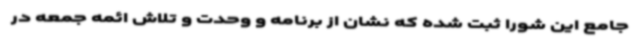
جامع این شورا ثبت شده که نشان از برنامه و وحدت و تلاش ائمه جمعه در